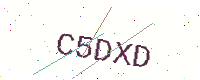
Text: C5DXD